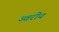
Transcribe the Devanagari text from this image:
ज्वरीय